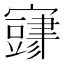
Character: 𫴜